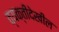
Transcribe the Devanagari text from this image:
व्यक्तीदेखील